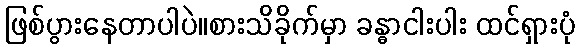
ဖြစ်ပွားနေတာပါပဲ။စားသိခိုက်မှာ ခန္ဓာငါးပါး ထင်ရှားပုံ